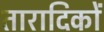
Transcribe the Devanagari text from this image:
तारादिकों